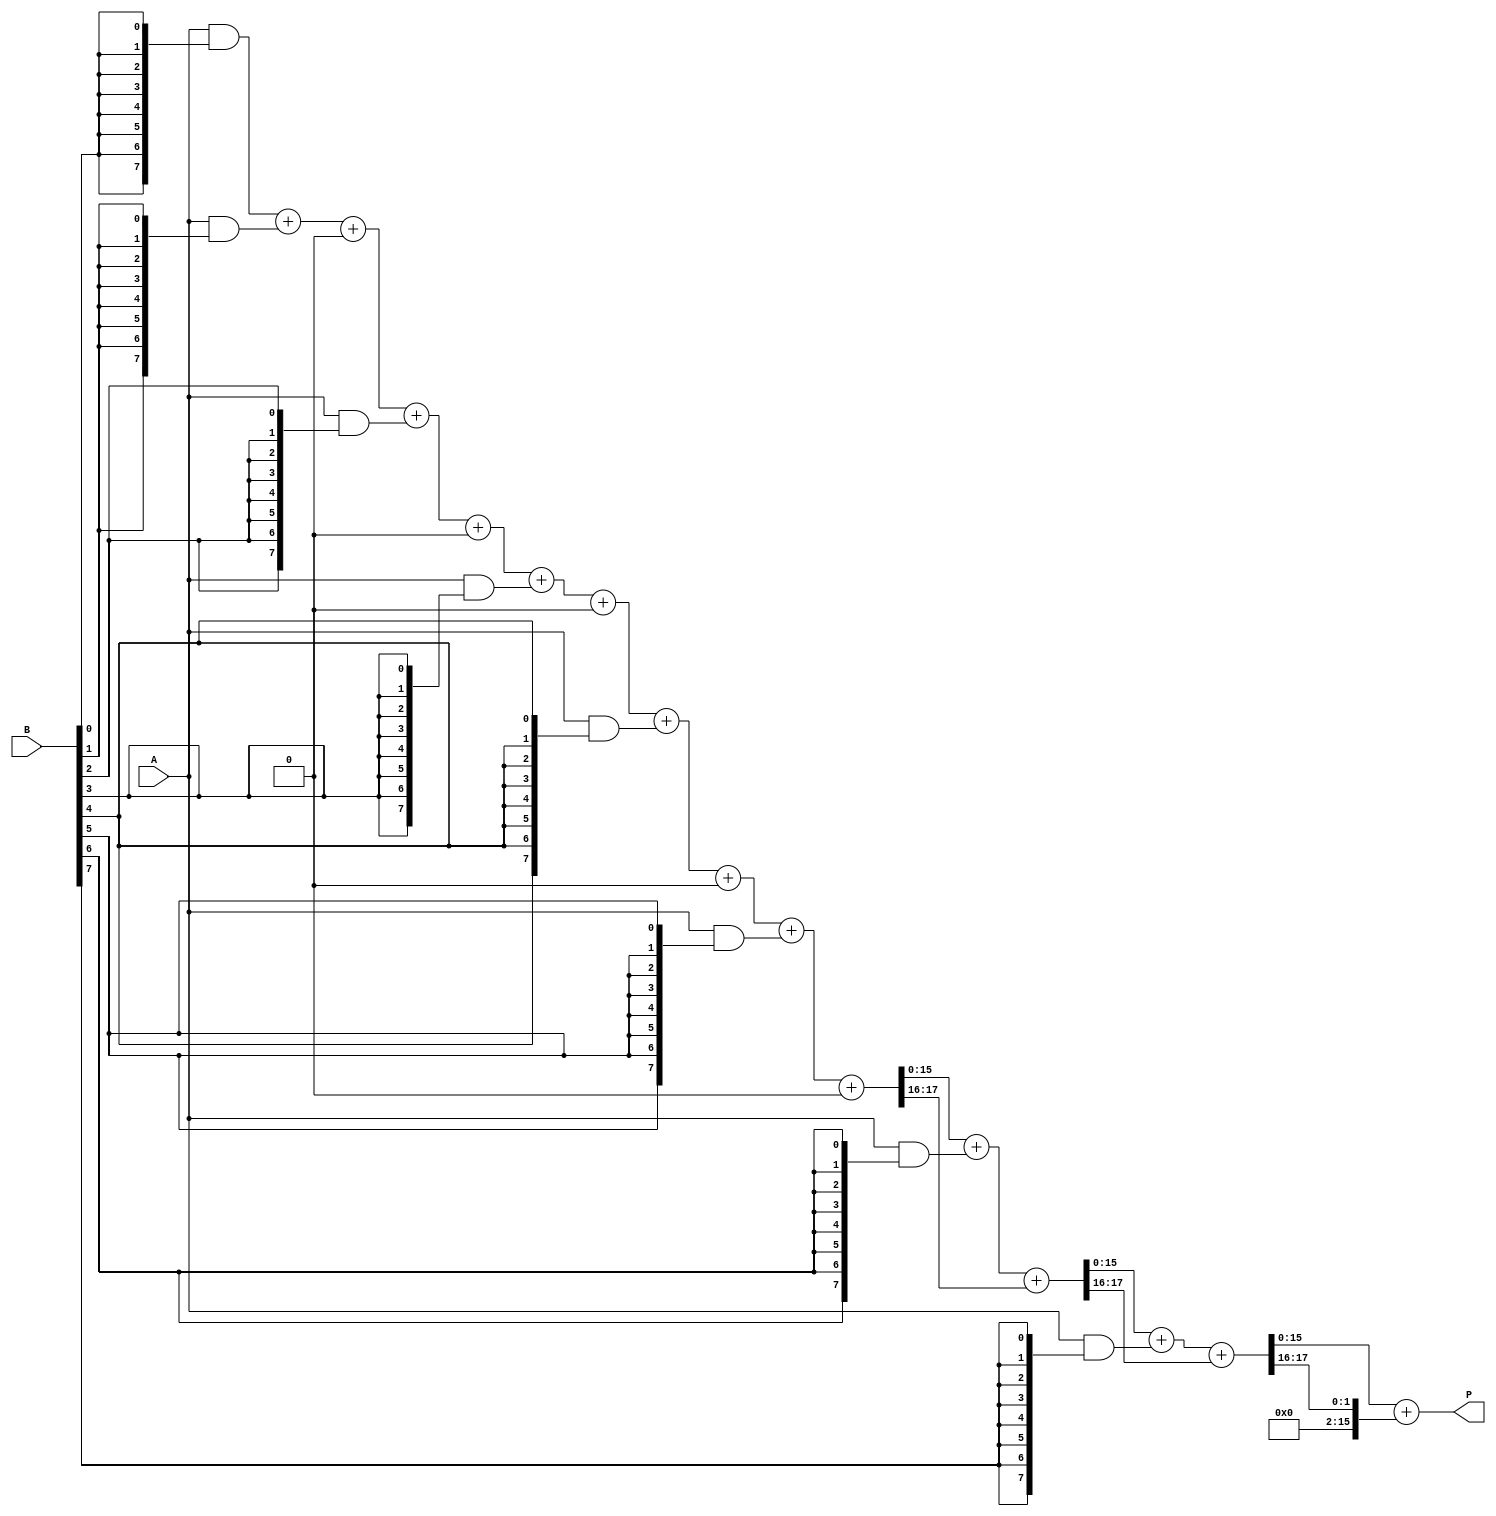
module FixedPointWallaceTreeMultiplier #(parameter N = 8, M = 8)(
    input [N-1:0] A, // N-bit multiplicand
    input [M-1:0] B, // M-bit multiplier
    output reg [N+M-1:0] P // Output product (N + M bits)
);

// Partial product generation
wire [N-1:0] pp[M-1:0]; // Partial products
genvar i;
generate
    for (i = 0; i < M; i = i + 1) begin : gen_partial_products
        assign pp[i] = A & {N{B[i]}}; // AND each bit of B with A
    end
endgenerate

// Wallace tree reduction
wire [N+M-1:0] sum [0:M-1]; // Sums at each stage
wire [N+M-1:0] carry [0:M-1]; // Carries at each stage

// Stage 1: Reduce partial products using half and full adders
generate
    for (i = 0; i < M; i = i + 1) begin : reduction_stage
        if (i == 0) begin
            assign sum[i] = pp[i];
            assign carry[i] = 0;
        end else begin
            // Full adder for three inputs (two from previous stage and one partial product)
            wire [N+M-1:0] a = sum[i-1];
            wire [N+M-1:0] b = (i < M) ? pp[i] : 0;
            wire [N+M-1:0] c = carry[i-1];

            // Full adder logic
            assign {carry[i], sum[i]} = a + b + c;
        end
    end
endgenerate

// Final addition stage
wire [N+M-1:0] final_sum;
wire [N+M-1:0] final_carry;

// Final addition of the last two sums
assign {final_carry, final_sum} = sum[M-1] + carry[M-1];

// Output assignment
always @(*) begin
    P = final_sum; // Assign the final product
end

endmodule